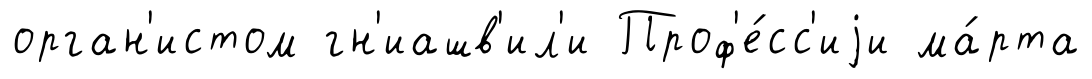
орган'истом гн'иашв'ил'и Проф'е́сс'иjи ма́рта